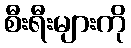
စီးရီးများကို